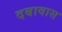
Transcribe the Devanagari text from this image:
दबावास